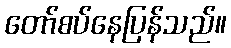
တော်စပ်နေပြန်သည်။